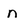
Character: n